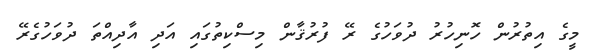
މީގެ އިތުރުން ހޮނިހުރު ދުވަހުގެ ރޭ ފުރުޤާން މިސްކިތުގައި އަދި އާދިއްތަ ދުވަހުގެރޭ